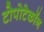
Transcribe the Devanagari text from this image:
टोपोटेकॉन